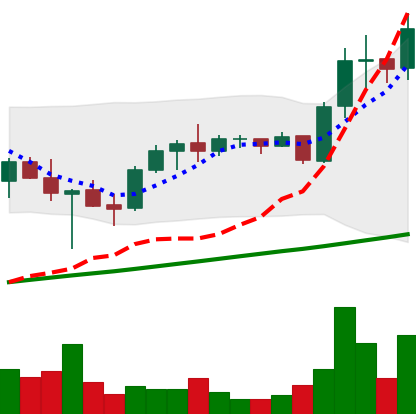
Ticker: ADA-USD
Chart end date: 2021-05-09
Forward return: 13.229%
Label: up_7plus